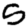
Digit: 5